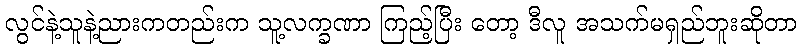
လွင်နဲ့သူနဲ့ညားကတည်းက သူ့လက္ခဏာ ကြည့်ပြီး တော့ ဒီလူ အသက်မရှည်ဘူးဆိုတာ